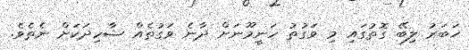
ޚަބަރު ލިބޭ ގޮތުގައި މި ވަގުތު ހަނީމޫނަށް ދާނެ ވަގުތެއް ޝާހިދަކަށް ނެތެވެ.